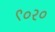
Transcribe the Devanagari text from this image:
९०२०